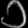
Digit: ၁